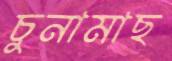
চুনামাছ